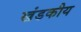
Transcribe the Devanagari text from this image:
खंडकीय